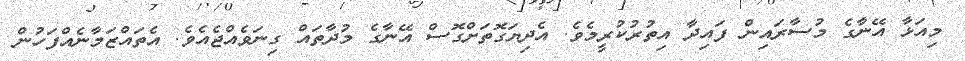
މިއަޅާ އޭނާގެ މުސާރައިން ފައިދާ އިތުރުކުރީމެވެ. އެދިޔަގޮތަށްގޮސް އޭނާގެ މުދާތައް ގިނަވެއްޖެއެވެ. އެތައްޒަމާނެއްފަހުން